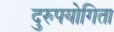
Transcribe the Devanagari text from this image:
दुरुपयोगिता